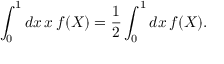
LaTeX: \int _ { 0 } ^ { 1 } d x \, x \, f ( X ) = \frac { 1 } { 2 } \int _ { 0 } ^ { 1 } d x \, f ( X ) .